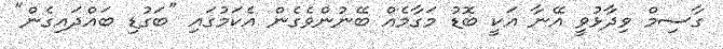
ގާސިމް ވިދާޅުވީ އޭނާ އަކީ ބޮޑު މަގާމެއް ބޭނުންވެގެން އެކަމުގައި "ބަގުޑި ބައްދައިގެން"